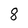
Character: 8